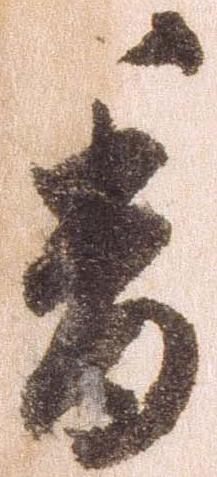
香